Annual administration and progress report of the Indian Medical Department, Bombay
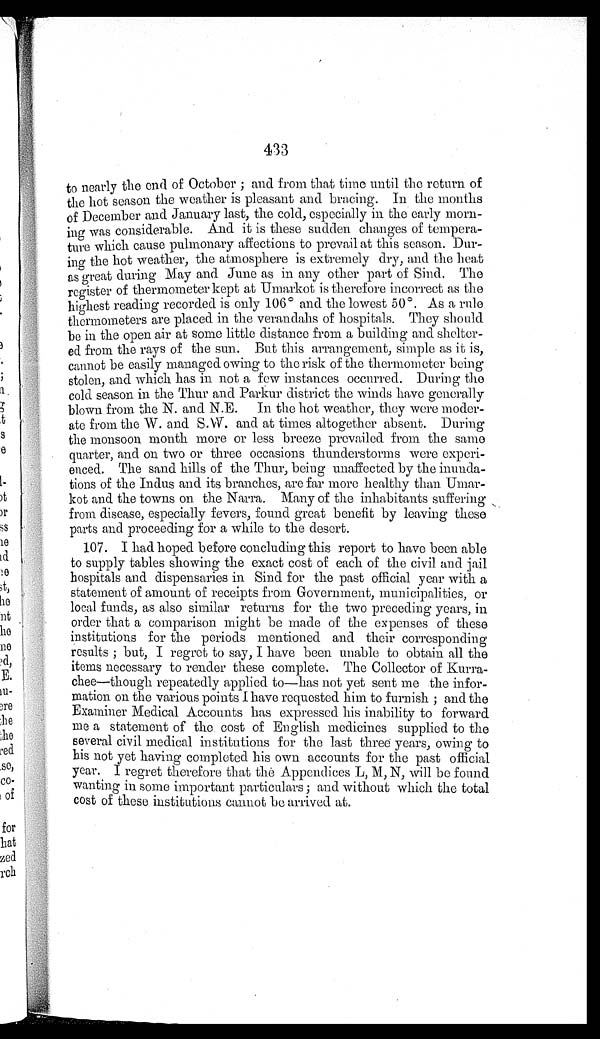
433
to nearly the end of October; and from that time until the return of
the hot season the weather is pleasant and bracing. In the months
of December and January last, the cold, especially in the early morn-
ing was considerable. And it is these sudden changes of tempera-
ture which cause pulmonary affections to prevail at this season. Dur-
ing the hot weather, the atmosphere is extremely dry, and the heat
as great during May and June as in any other part of Sind. The
register of thermometer kept at Umarkot is therefore incorrect as the
highest reading recorded is only 106° and the lowest 50°. As a rule
thermometers are placed in the verandahs of hospitals. They should
be in the open air at some little distance from a building and shelter-
ed from the rays of the sun. But this arrangement, simple as it is,
cannot be easily managed owing to the risk of the thermometer being
stolen, and which has in not a few instances occurred. During the
cold season in the Thur and Parkur district the winds have generally
blown from the N. and N.E. In the hot weather, they were moder-
ate from the W. and S.W. and at times altogether absent. During
the monsoon month more or less breeze prevailed from the same
quarter, and on two or three occasions thunderstorms were experi-
enced. The sand hills of the Thur, being unaffected by the inunda-
tions of the Indus and its branches, are far more healthy than Umar-
kot and the towns on the Narra. Many of the inhabitants suffering
from disease, especially fevers, found great benefit by leaving these
parts and proceeding for a while to the desert.
107. I had hoped before concluding this report to have been able
to supply tables showing the exact cost of each of the civil and jail
hospitals and dispensaries in Sind for the past official year with a
statement of amount of receipts from Government, municipalities, or
local funds, as also similar returns for the two preceding years, in
order that a comparison might be made of the expenses of these
institutions for the periods mentioned and their corresponding
results; but, I regret to say, I have been unable to obtain all the
items necessary to render these complete. The Collector of Kurra-
chee—though repeatedly applied to—has not yet sent me the infor-
mation on the various points I have requested him to furnish; and the
Examiner Medical Accounts has expressed his inability to forward
me a statement of the cost of English medicines supplied to the
several civil medical institutions for the last three years, owing to
his not yet having completed his own accounts for the past official
year. I regret therefore that the Appendices L, M, N, will be found
wanting in some important particulars; and without which the total
cost of these institutions cannot be arrived at.